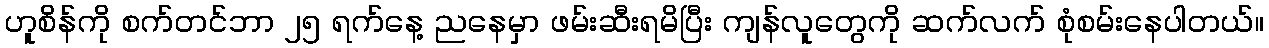
ဟူစိန်ကို စက်တင်ဘာ ၂၅ ရက်နေ့ ညနေမှာ ဖမ်းဆီးရမိပြီး ကျန်လူတွေကို ဆက်လက် စုံစမ်းနေပါတယ်။